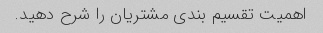
اهمیت تقسیم بندی مشتریان را شرح دهید.